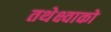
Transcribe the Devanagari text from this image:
तथेक्ष्वाको